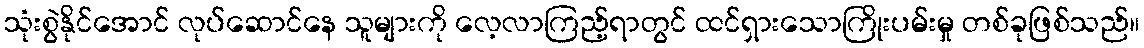
သုံးစွဲနိုင်အောင် လုပ်ဆောင်နေ သူများကို လေ့လာကြည့်ရာတွင် ထင်ရှားသောကြိုးပမ်းမှု တစ်ခုဖြစ်သည်။